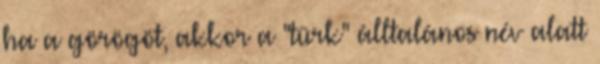
ha a görögöt, akkor a "türk" álltalános név alatt